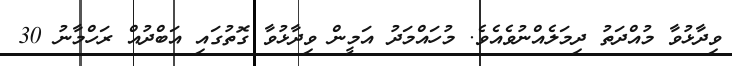
ވިދާޅުވާ މުއްދަތު ދިމަލެއްނުވެއެވެ. މުހައްމަދު އަމީން ވިދާޅުވާ ގޮތުގައި އަބްދުއް ރަހްމާނު 30